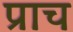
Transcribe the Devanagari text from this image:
प्राच